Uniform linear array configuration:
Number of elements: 12
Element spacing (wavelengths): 0.25
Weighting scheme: blackman
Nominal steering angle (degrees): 15
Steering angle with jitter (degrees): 15.751
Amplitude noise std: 0.05
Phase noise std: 0.05

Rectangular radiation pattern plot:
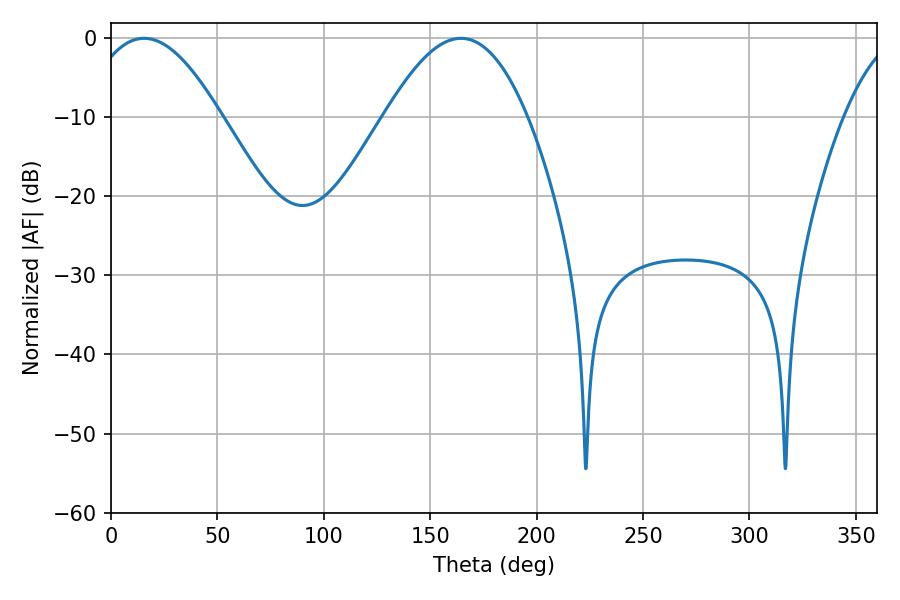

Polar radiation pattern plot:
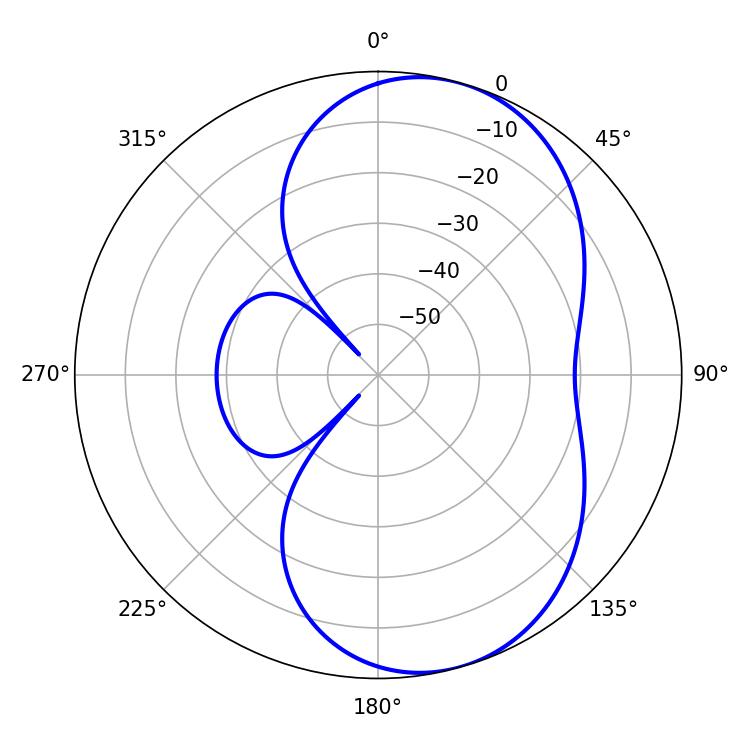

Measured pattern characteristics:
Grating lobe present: FALSE
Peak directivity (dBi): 6.952
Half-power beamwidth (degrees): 34.56
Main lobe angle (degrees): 15.48